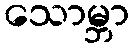
သောမ္ဘာ